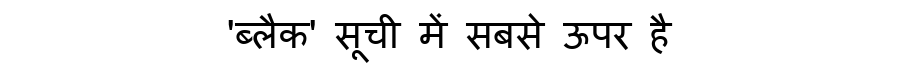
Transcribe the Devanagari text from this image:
'ब्लैक' सूची में सबसे ऊपर है